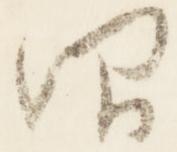
仰